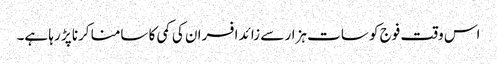
اس وقت فوج کو سات ہزار سے زائد افسران کی کمی کا سامنا کرنا پڑ رہا ہے۔